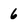
Character: 6